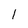
Character: l